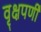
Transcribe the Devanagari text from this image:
वृक्षपर्णी